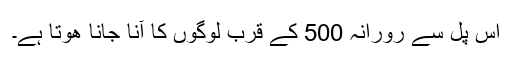
اس پل سے رورانہ 500 کے قرب لوگوں کا آنا جانا ھوتا ہے۔